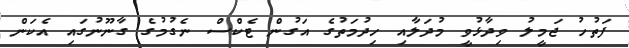
ފަތުހު ޖަމީލު ވިދާޅުވީ މުދަލާއި ހިދުމަތުގެ އަގުން ޓެކްސް ނެގުމުގެ ގާނޫނުގައި އެކަން